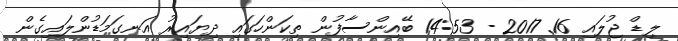
ލިޑް ޖުލައި 16